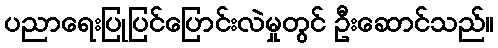
ပညာရေးပြုပြင်ပြောင်းလဲမှုတွင် ဦးဆောင်သည်။